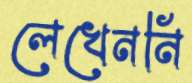
লেখেননি